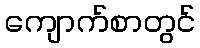
ကျောက်စာတွင်